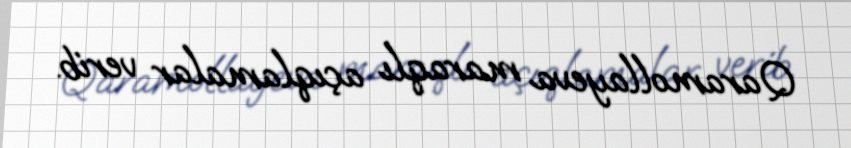
Qaramollayeva maraqlı açıqlamalar verib.